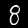
Label: 8